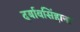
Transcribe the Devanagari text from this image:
दर्यावसिंहाना